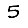
Digit: 5